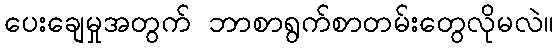
ပေးချေမှုအတွက် ဘာစာရွက်စာတမ်းတွေလိုမလဲ။